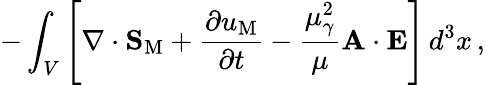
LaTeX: -\int_{V}\left[\nabla\cdot{\mathbf S}_{\mathrm{M}}+\frac{\partial u_{\mathrm{M}}}{\partial t}-\frac{\mu_{\gamma}^{2}}{\mu}{\mathbf A}\cdot{\mathbf E}\right]\, d^{3}x\, ,